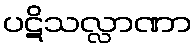
ပဋိသလ္လာဏာ